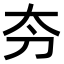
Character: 𫥲